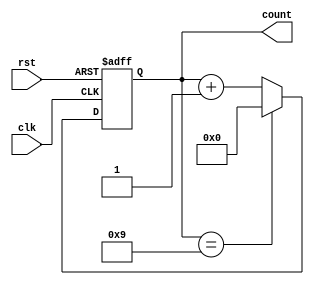
module BCD_Counter (
    input clk,
    input rst,
    output reg [3:0] count
);

always @(posedge clk or posedge rst) begin
    if (rst) begin
        count <= 4'b0;
    end else begin
        if (count == 4'b1001) begin
            count <= 4'b0000;
        end else begin
            count <= count + 1;
        end
    end
end

endmodule